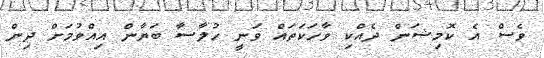
ވެސް އެ ކޮމިޝަން ދެއްކި ވާހަކަތައް ވަނީ ހުލާސާ ބަޔާން އިއްވުމަށް ދިން